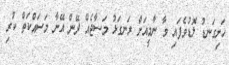
ހަށިގަނޑު ލޮޑުވެފައި ވާ ނާމީއަށް ރަނގަޅު މަސާޖެއް ދޭން އޭނާ މަސައްކަތް ކުރި